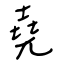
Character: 堯